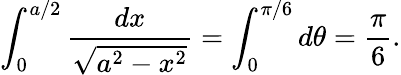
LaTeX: \int_{0}^{a/2}{\frac{dx}{\sqrt{a^{2}-x^{2}}}}=\int_{0}^{\pi/6}d\theta={\frac{\pi}{6}}.